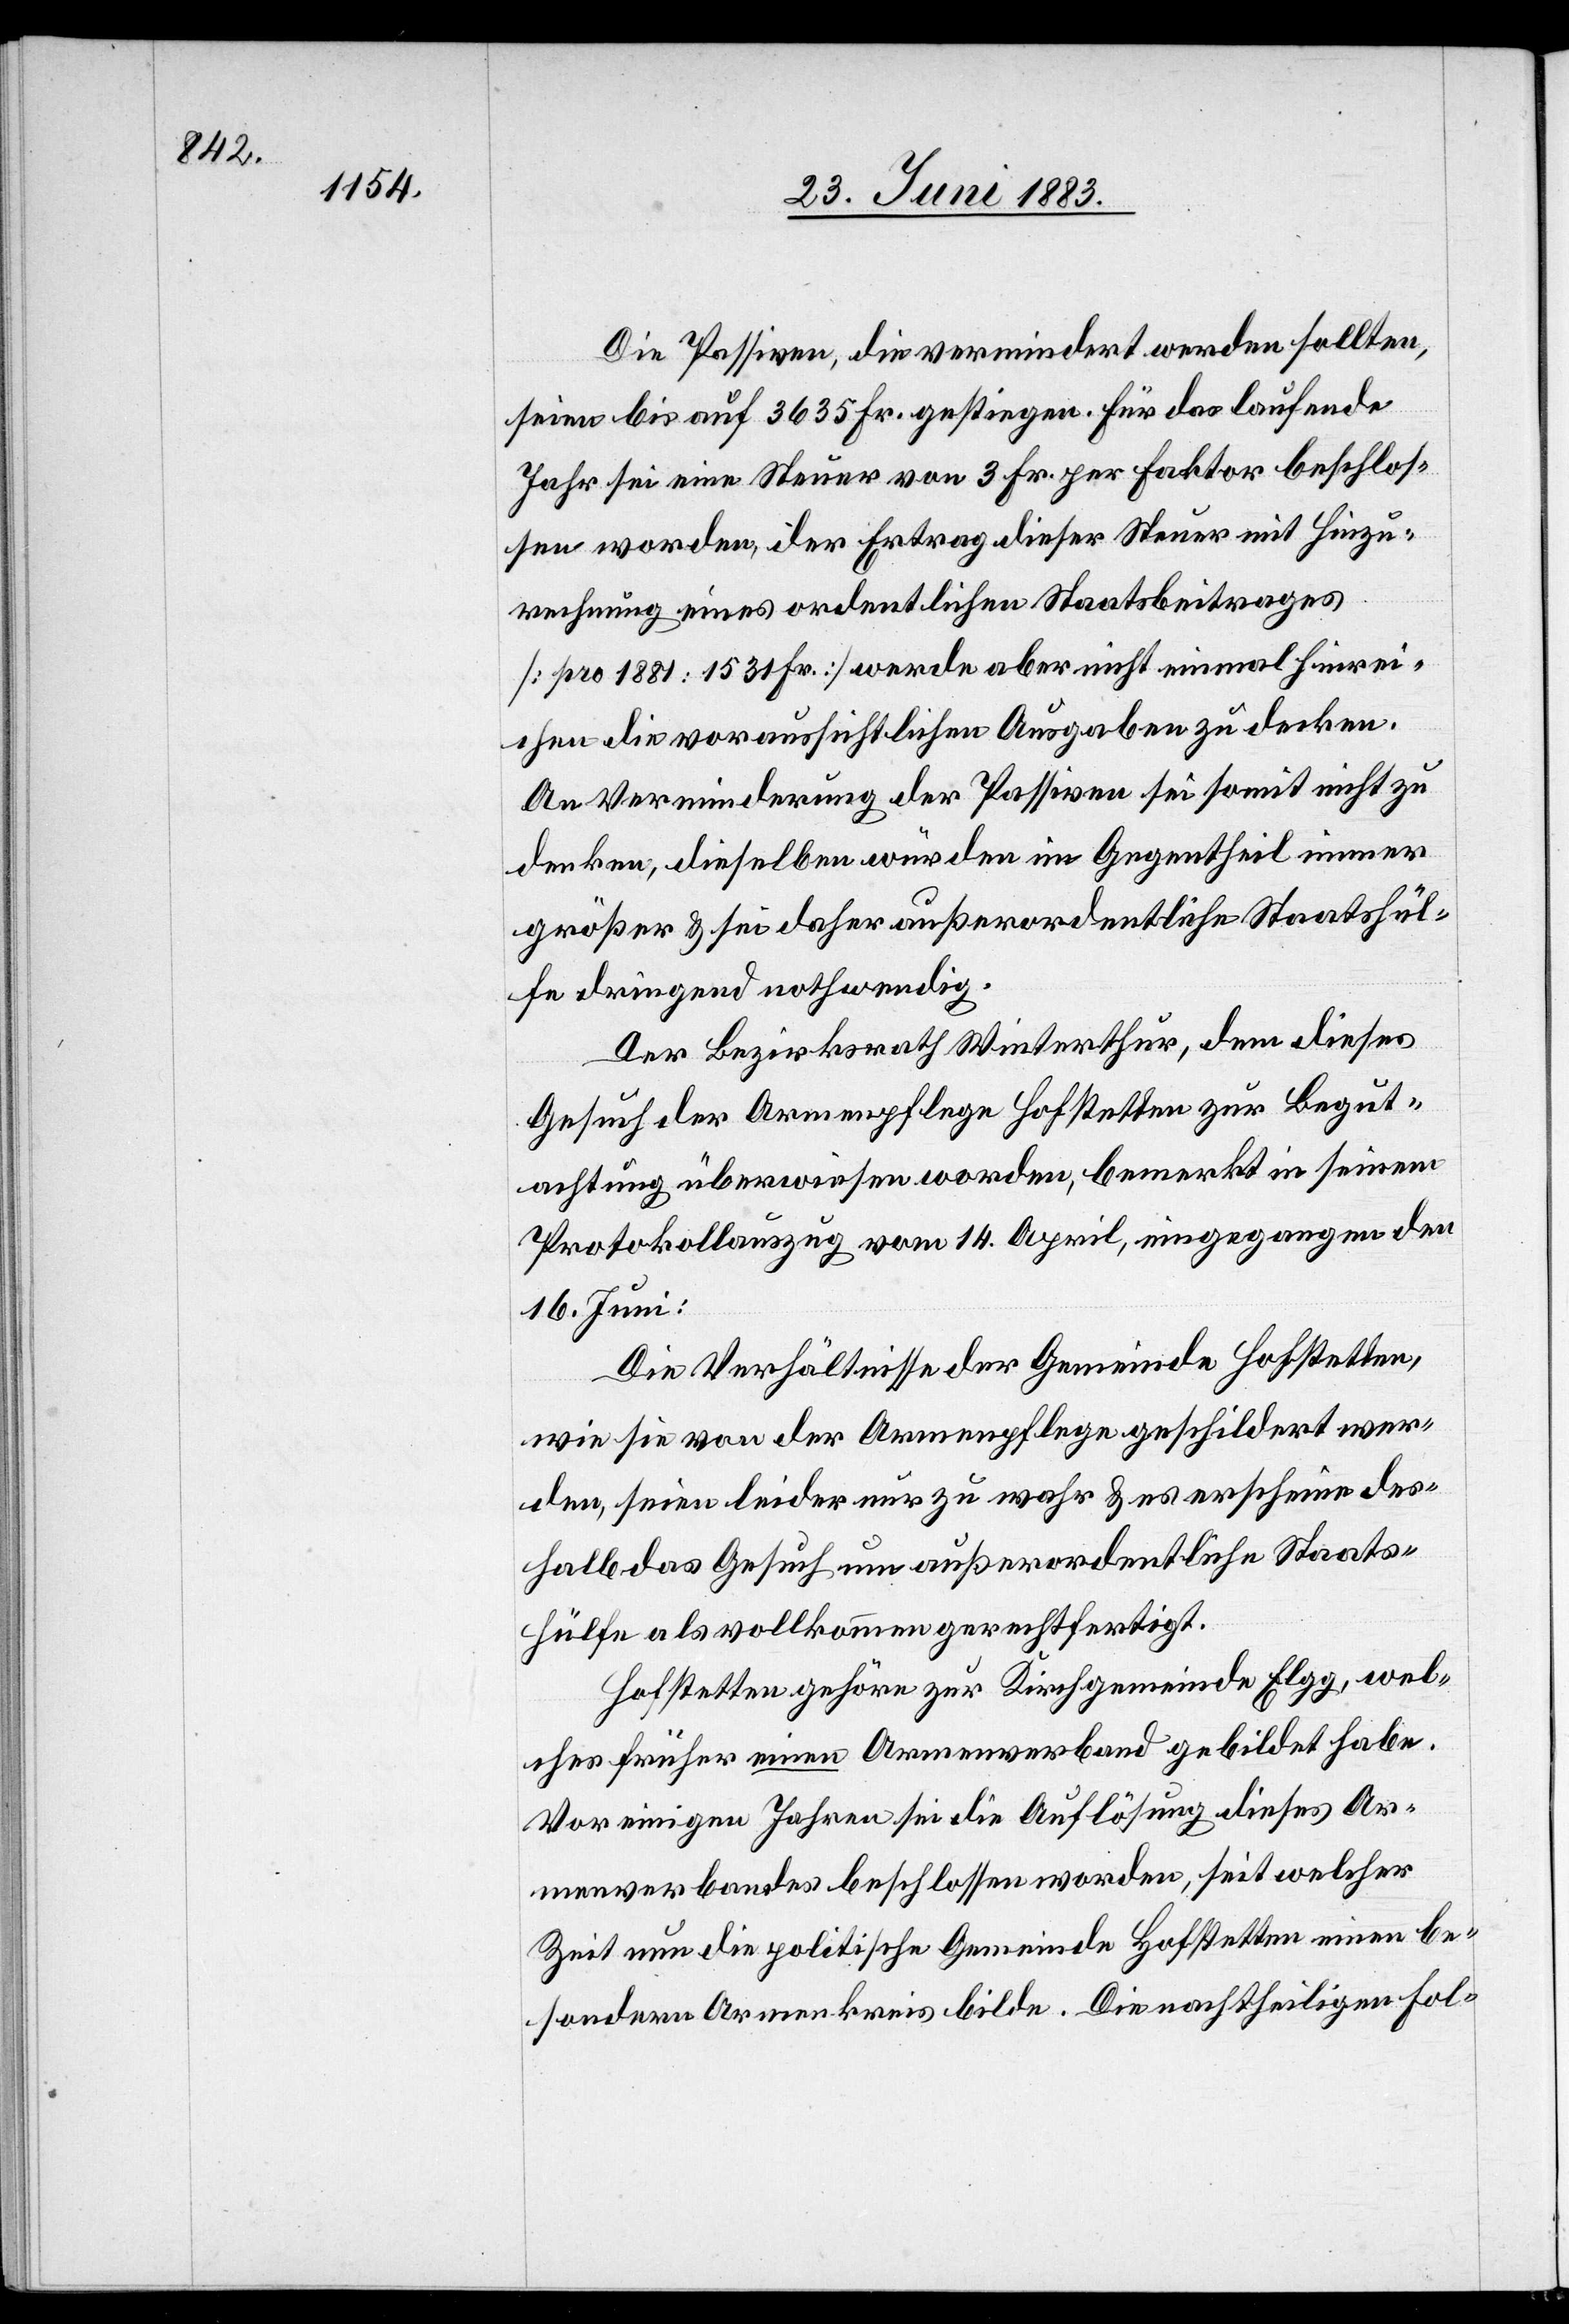
Die Passiven, die vermindert werden sollten,
seien bis auf 3635 Fr. gestiegen. Für das laufende
Jahr sei eine Steuer von 3 Fr. per Faktor beschlos¬
sen worden, der Ertrag dieser Steuer mit Hinzu¬
rechnung eines ordentlichen Staatsbeitrages
[pro 1881: 1531 Fr.] werde aber nicht einmal hinrei¬
chen die voraussichtlichen Ausgaben zu decken.
An Verminderung der Passiven sei somit nicht zu
denken, dieselben würden im Gegentheil immer
größer & sei daher außerordentliche Staatshül¬
fe dringend nothwendig.
Der Bezirksrath Winterthur, dem dieses
Gesuch der Armenpflege Hofstetten zur Begut¬
achtung überwiesen worden, bemerkt in seinem
Protokollauszug vom 14. April, eingegangen den
16. Juni:
Die Verhältnisse der Gemeinde Hofstetten,
wie sie von der Armenpflege geschildert wer¬
den, seien leider nur zu wahr & es erscheine des¬
shalb das Gesuch um außerordentliche Staats¬
hülfe als vollkommen gerechtfertigt.
Hofstetten gehöre zur Kirchgemeinde Elgg, wel¬
ches früher einen Armenverband gebildet habe.
Vor einigen Jahren sei die Auflösung dieses Ar¬
menverbandes beschlossen worden, seit welcher
Zeit nun die politische Gemeinde Hofstetten einen be¬
sondern Armenkreis bilde. Die nachtheiligen Fol-